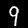
Digit: 9